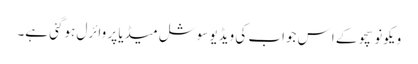
ویکونو سچو کے اِس جواب کی ویڈیو سوشل میڈیا پر وائرل ہوگئی ہے۔